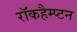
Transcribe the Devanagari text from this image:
रॉकहैम्प्टन